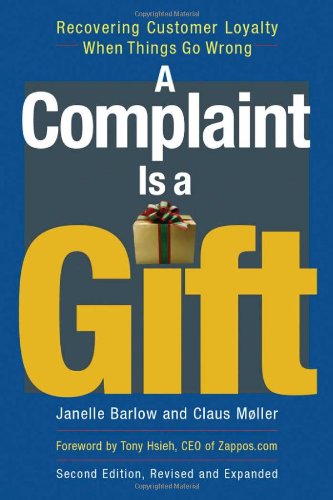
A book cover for A Complaint Is a Gift: Recovering Customer Loyalty When Things Go Wrong; Janelle Barlow; Business & Money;